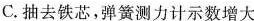
C.抽去铁芯，弹簧测力计示数增大